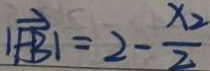
\vert \overrightarrow { F B } \vert = 2 - \frac { x _ { 2 } } { 2 }